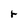
Character: r